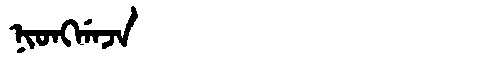
Manchu: ᠨᡳᠣᠩᡤᠠᠵᠠ
Romanization: NIONGGAJA